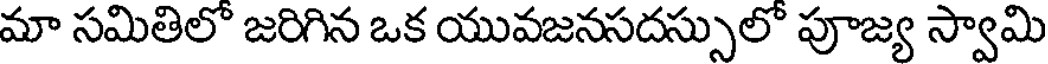
మా సమితిలో జరిగిన ఒక యువజనసదస్సులో పూజ్య స్వామి